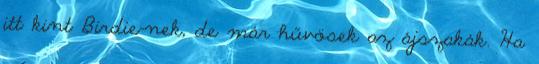
itt kint Birdie-nek, de már hűvösek az ájszakák. Ha